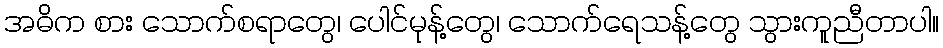
အဓိက စား သောက်စရာတွေ၊ ပေါင်မုန့်တွေ၊ သောက်ရေသန့်တွေ သွားကူညီတာပါ။